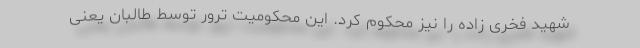
شهید فخری زاده را نیز محکوم کرد. این محکومیت ترور توسط طالبان یعنی